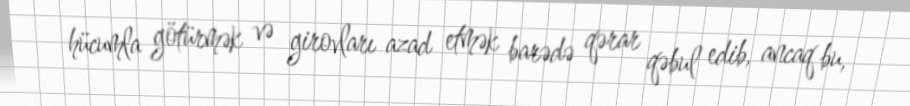
hücumla götürmək və girovları azad etmək barədə qərar qəbul edib, ancaq bu,